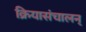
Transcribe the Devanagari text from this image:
क्रियासंचालन्